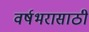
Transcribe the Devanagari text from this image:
वर्षभरासाठी